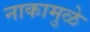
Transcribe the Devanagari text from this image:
नाकामुळे